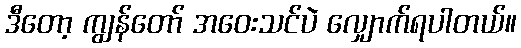
ဒီတော့ ကျွန်တော် အဝေးသင်ပဲ လျှောက်ရပါတယ်။